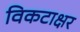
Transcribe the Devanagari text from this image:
विकटाक्षर